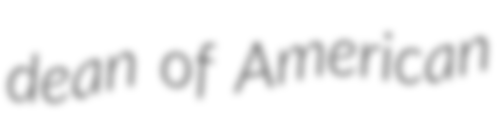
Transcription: dean of American